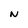
Character: N